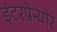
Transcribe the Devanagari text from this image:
इंटरप्रेन्योर